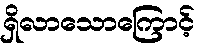
ရှိလာသောကြောင့်